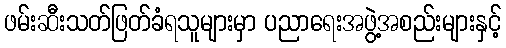
ဖမ်းဆီးသတ်ဖြတ်ခံရသူများမှာ ပညာရေးအဖွဲ့အစည်းများနှင့်